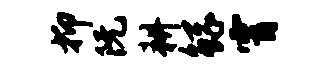
抑阮耕鲧霄